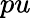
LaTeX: pu